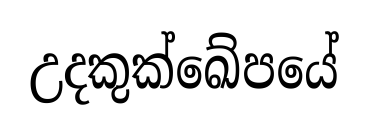
උදකුක්ඛේපයේ